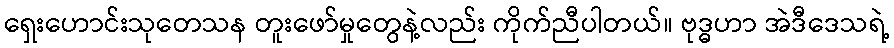
ရှေးဟောင်းသုတေသန တူးဖော်မှုတွေနဲ့လည်း ကိုက်ညီပါတယ်။ ဗုဒ္ဓဟာ အဲဒီဒေသရဲ့